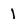
Character: 1